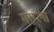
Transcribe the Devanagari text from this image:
माम्ला